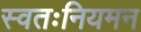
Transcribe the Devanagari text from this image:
स्वतःनियमन